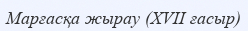
Марғасқа жырау (XVII ғасыр)